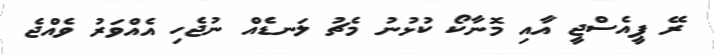
ރޭ ޕީއެސްޖީ އާއި މޮނާކޯ ކުޅުނު މެޗު ލަނޑެއް ނުޖެހި އެއްވަރު ވެއްޖެ